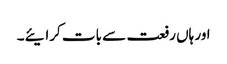
اور ہاں رفعت سے بات کرایئے۔